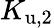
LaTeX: K_{\mathrm{u,2}}